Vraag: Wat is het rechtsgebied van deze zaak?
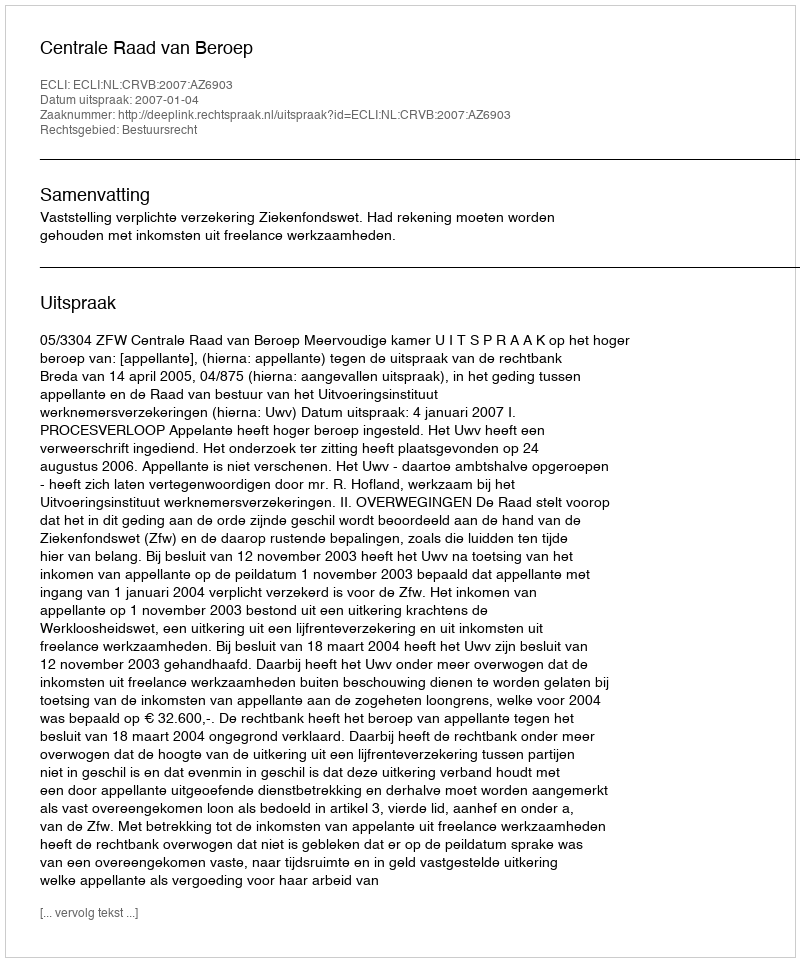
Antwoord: Bestuursrecht